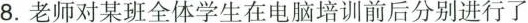
8.老师对某班全体学生在电脑培训前后分别进行了